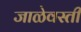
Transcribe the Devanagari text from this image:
जाळेवस्ती